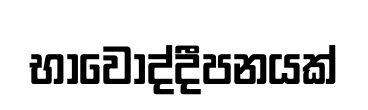
භාවෝද්දීපනයක්